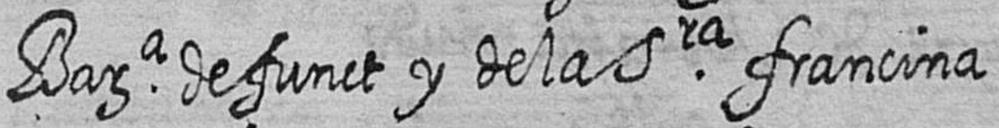
Bara defunct y de la Sra francina